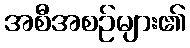
အစီအစဉ်များ၏